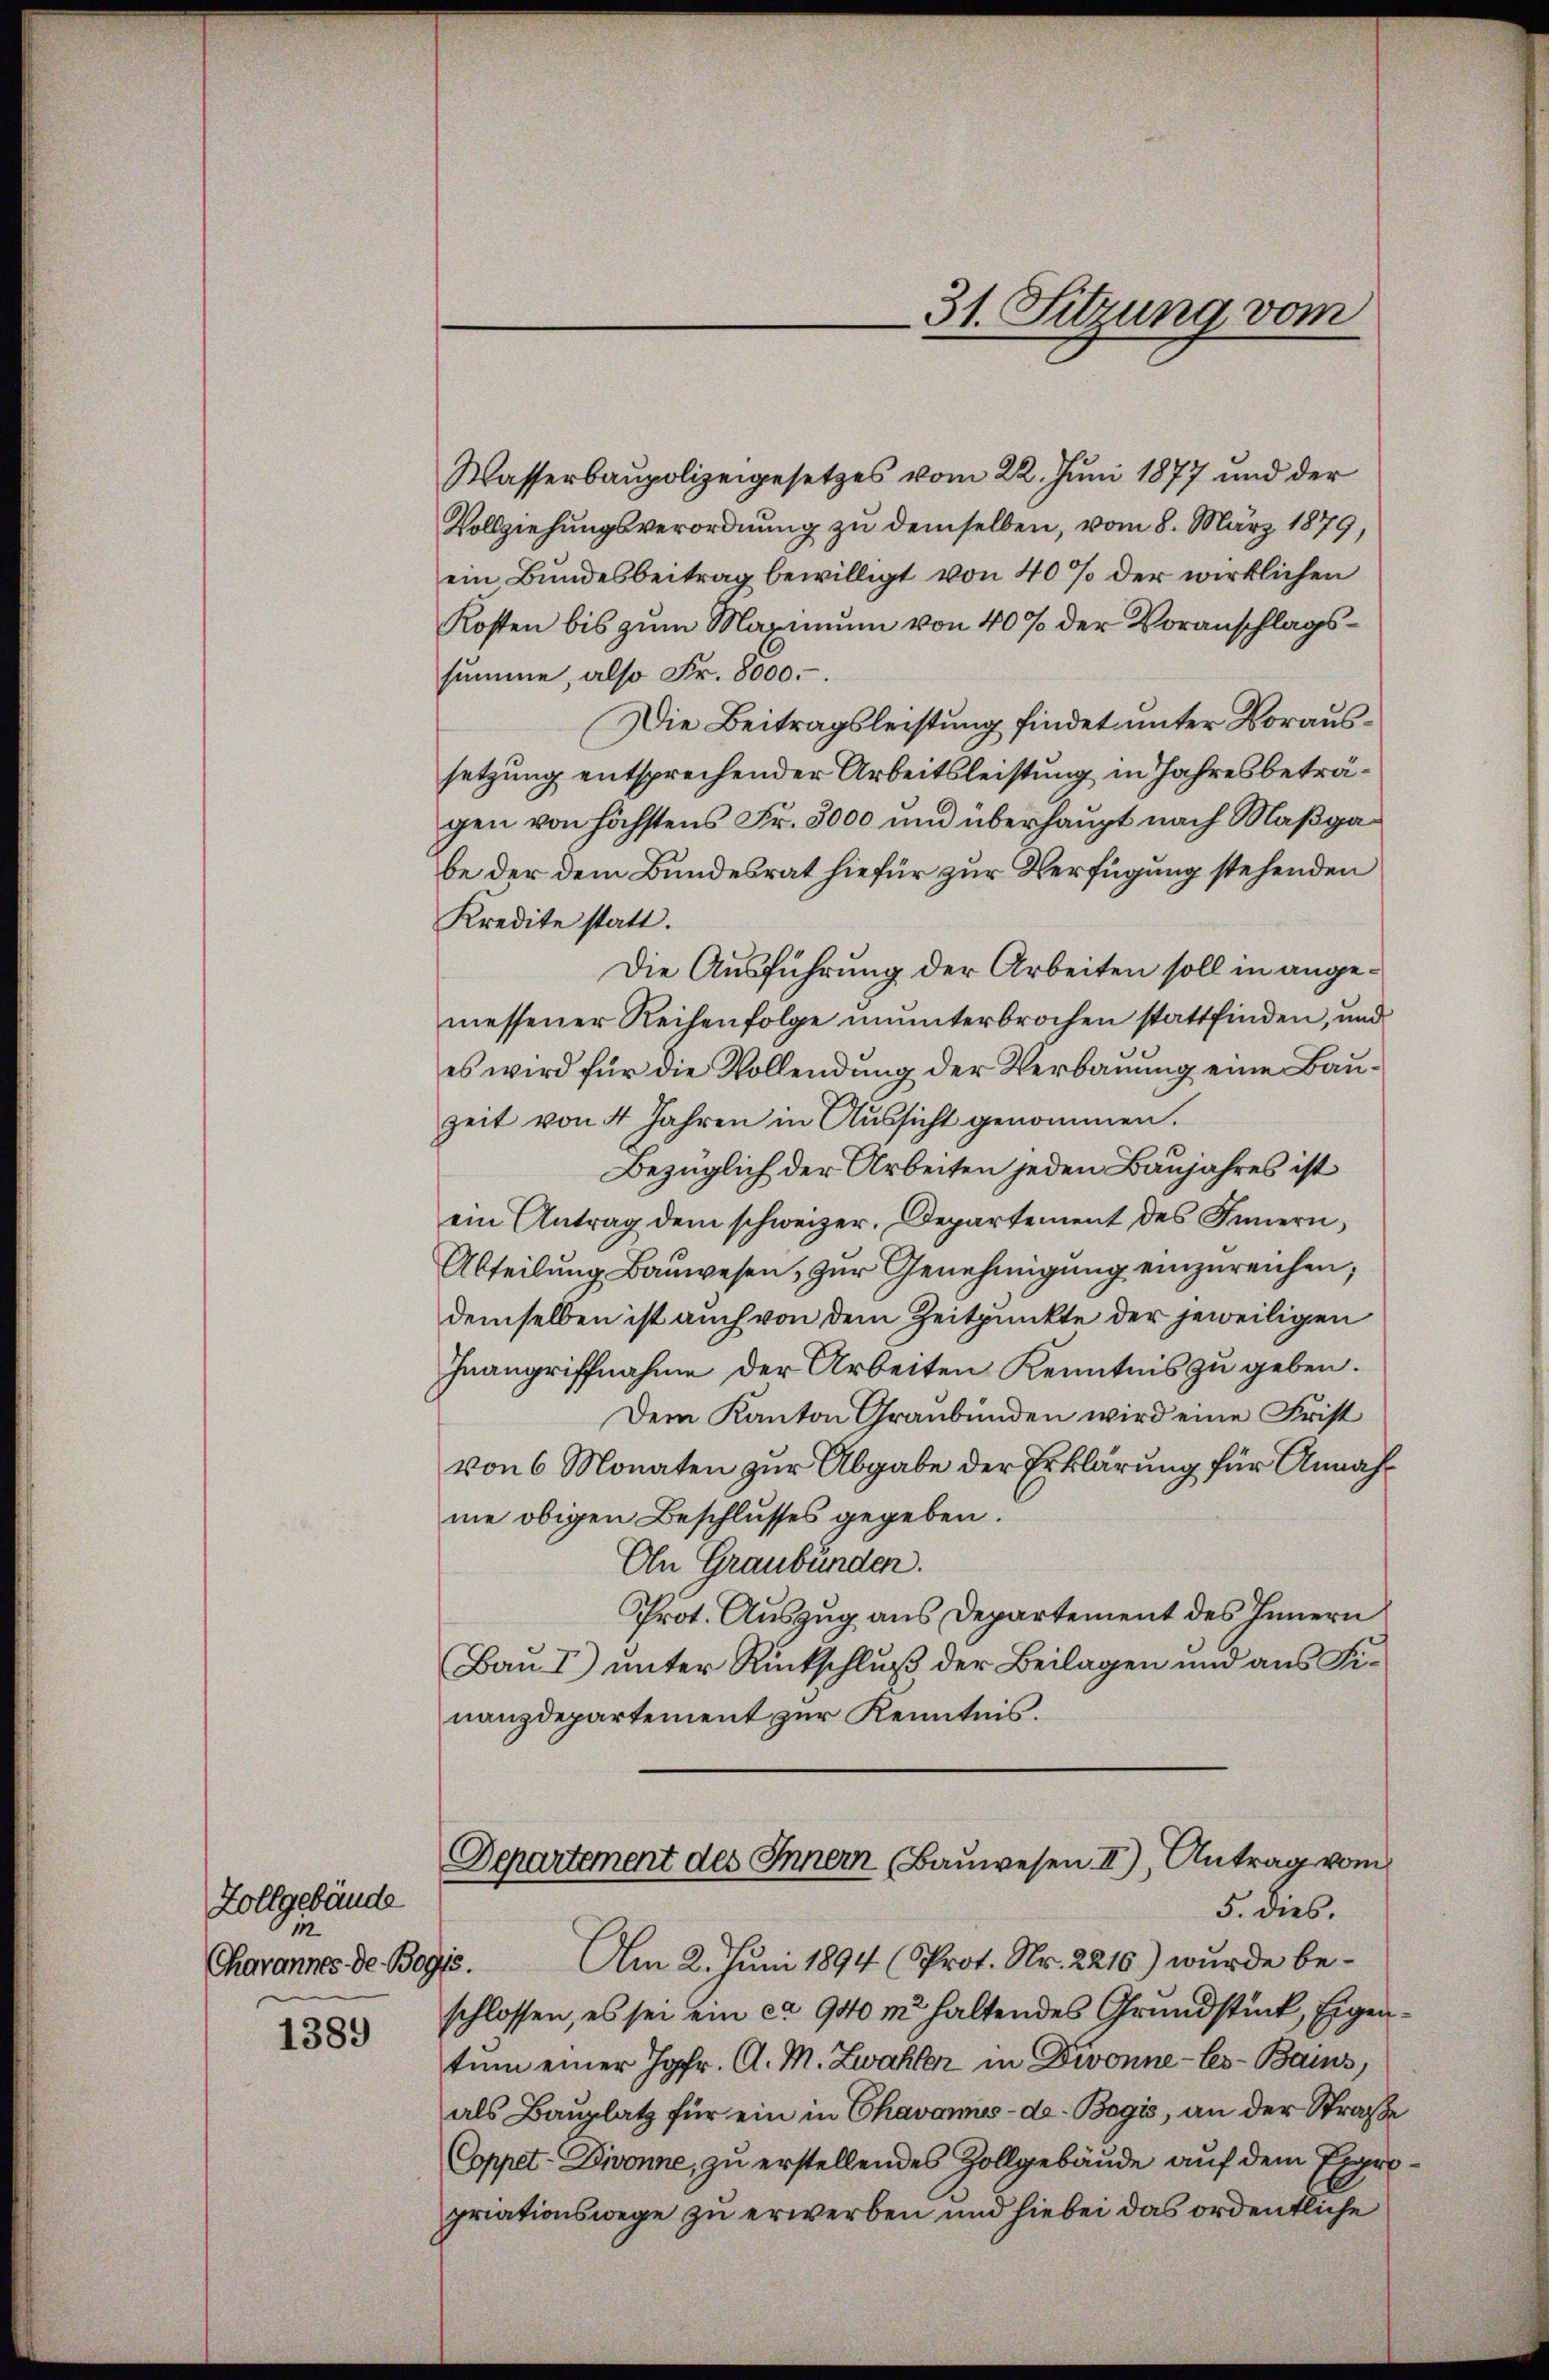
Zollgebäude
2
Chavannes de Bo

1389

31. Sitzung vom

Wasserbaupolizeigesetzes vom 22. Juni 1877 und der
Vollziehungsverordnung zu demselben, vom 8. März 1879,
ein Bundesbeitrag bewilligt von 40% der wirklichen
Kosten bis zum Maximum von 40% der Voranschlagssumme, also Fr. 8000.
Die Beitragsleistung findet unter Voraussetzung entsprechender Arbeitsleistung in Jahresbeträgen von höchstens Fr. 3000 und überhaupt nach Maßgabe der dem Bundesrat hiefür zur Verfügung stehenden
Kredite statt.
Die Ausführung der Arbeiten soll in angemessener Reihenfolge ununterbrochen stattfinden, und
es wird für die Vollendung der Verbauung eine Bauzeit von 4 Jahren in Aussicht genommen.
Bezüglich der Arbeiten jeden Baujahres ist
ein Antrag dem schweizer. Departement des Innern,
Abteilŭng Baŭwesen, zur Genehmigung einzureichen;
demselben ist auch von dem Zeitpunkte der jeweiligen
Inangriffnahme der Arbeiten Kenntnis zu geben.
Dem Kanton Graubünden wird eine Frist
von 6 Monaten zur Abgabe der Erklärung für Annahne obigen Beschlusses gegeben.
An Graubünden.
Prot. Auszug aus Departement des Innern
Bau I) unter Rückschluß der Beilagen und aus Finanzdepartement zur Kenntnis.
Departement des Innern Bauwesen II), Antrag vom
5. dies.
Am 2. Juni 1894 (Prot. Nr. 2216) wurde be¬
7.
schlossen, es sei ein ca 940 m haltendes Grundstück, Eigentum einer Jgfr. A. M. Zwahler in Divonne-Ces-Bains,
als Bauplatz für ein in Chavannes-de. Begis, an der Straße
Coppet-Divonne, zu erstellendes Zollgebäude auf dem Expropriationswege zu erwerben und hiebei das ordentliche